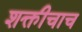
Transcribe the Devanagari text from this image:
शक्तीचाच